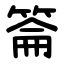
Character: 䈁